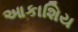
આકાશિય